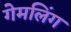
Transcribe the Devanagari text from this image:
गेमलिंग